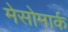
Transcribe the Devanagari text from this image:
मेसोमार्क